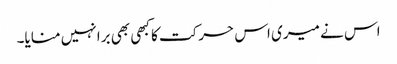
اس نے میری اس حرکت کا کبھی بھی برا نہیں منایا۔